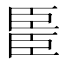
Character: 𫇆